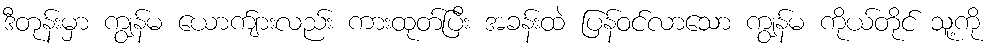
ဒီတုန်းမှာ ကျွန်မ ယောက်ျားလည်း ကားထုတ်ပြီး အခန်းထဲ ပြန်ဝင်လာသော ကျွန်မ ကိုယ်တိုင် သူ့ကို